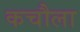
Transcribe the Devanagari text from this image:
कचौला